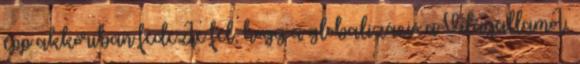
épp akkoriban fe­dez­te fel, hogy a globalizáció a Világállamot,